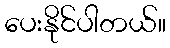
ပေးနိုင်ပါတယ်။